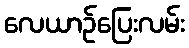
လေယာဉ်ပြေးလမ်း